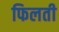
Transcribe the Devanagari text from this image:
फिलती